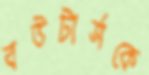
বউটার্সকে